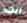
أنت